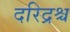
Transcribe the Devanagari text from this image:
दरिद्रश्च